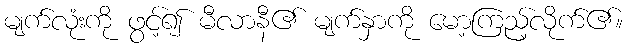
မျက်လုံးကို ဖွင့်၍ မီလာနီ၏ မျက်နှာကို မော့ကြည့်လိုက်၏။